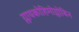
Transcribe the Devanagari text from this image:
ग्लायकोहिमोग्लोबिन